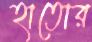
হাতোর